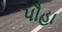
પૌહા